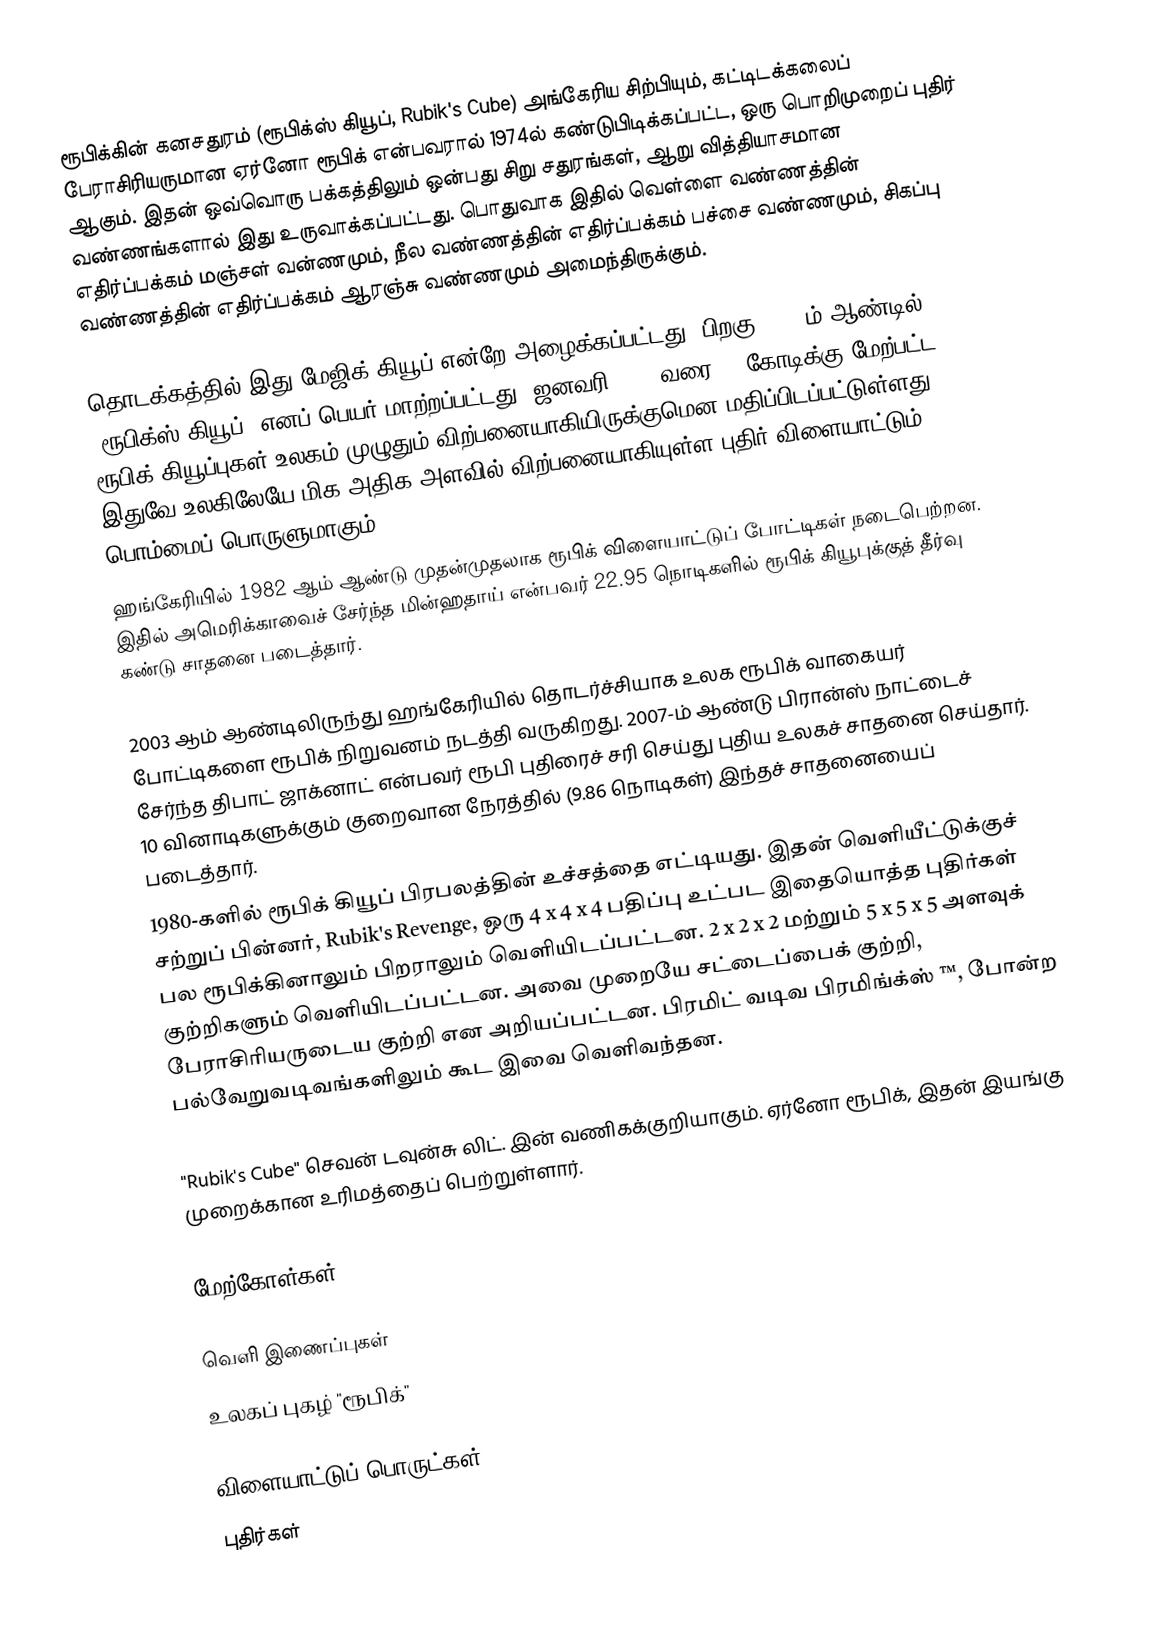
ரூபிக்கின் கனசதுரம் (ரூபிக்ஸ் கியூப், Rubik's Cube) அங்கேரிய சிற்பியும், கட்டிடக்கலைப் பேராசிரியருமான ஏர்னோ ரூபிக் என்பவரால் 1974ல் கண்டுபிடிக்கப்பட்ட, ஒரு பொறிமுறைப் புதிர் ஆகும். இதன் ஒவ்வொரு பக்கத்திலும் ஒன்பது சிறு சதுரங்கள், ஆறு வித்தியாசமான வண்ணங்களால் இது உருவாக்கப்பட்டது. பொதுவாக இதில் வெள்ளை வண்ணத்தின் எதிர்ப்பக்கம் மஞ்சள் வன்ணமும், நீல வண்ணத்தின் எதிர்ப்பக்கம் பச்சை வண்ணமும், சிகப்பு வண்ணத்தின் எதிர்ப்பக்கம் ஆரஞ்சு வண்ணமும் அமைந்திருக்கும்.

தொடக்கத்தில் இது மேஜிக் கியூப் என்றே அழைக்கப்பட்டது. பிறகு 1980-ம் ஆண்டில் ‘ரூபிக்ஸ் கியூப்’ எனப் பெயர் மாற்றப்பட்டது. ஜனவரி 2009 வரை 35 கோடிக்கு மேற்பட்ட ரூபிக் கியூப்புகள் உலகம் முழுதும் விற்பனையாகியிருக்குமென மதிப்பிடப்பட்டுள்ளது. இதுவே உலகிலேயே மிக அதிக அளவில் விற்பனையாகியுள்ள புதிர் விளையாட்டும் பொம்மைப் பொருளுமாகும்.
ஹங்கேரியில் 1982 ஆம் ஆண்டு முதன்முதலாக ரூபிக் விளையாட்டுப் போட்டிகள் நடைபெற்றன. இதில் அமெரிக்காவைச் சேர்ந்த மின்ஹதாய் என்பவர் 22.95 நொடிகளில் ரூபிக் கியூபுக்குத் தீர்வு கண்டு சாதனை படைத்தார்.

2003 ஆம் ஆண்டிலிருந்து ஹங்கேரியில் தொடர்ச்சியாக உலக ரூபிக் வாகையர் போட்டிகளை ரூபிக் நிறுவனம் நடத்தி வருகிறது. 2007-ம் ஆண்டு பிரான்ஸ் நாட்டைச் சேர்ந்த திபாட் ஜாக்னாட் என்பவர் ரூபி புதிரைச் சரி செய்து புதிய உலகச் சாதனை செய்தார். 10 வினாடிகளுக்கும் குறைவான நேரத்தில் (9.86 நொடிகள்) இந்தச் சாதனையைப் படைத்தார்.
1980-களில் ரூபிக் கியூப் பிரபலத்தின் உச்சத்தை எட்டியது. இதன் வெளியீட்டுக்குச் சற்றுப் பின்னர், Rubik's Revenge, ஒரு 4 x 4 x 4 பதிப்பு உட்பட இதையொத்த புதிர்கள் பல ரூபிக்கினாலும் பிறராலும் வெளியிடப்பட்டன. 2 x 2 x 2 மற்றும் 5 x 5 x 5 அளவுக் குற்றிகளும் வெளியிடப்பட்டன. அவை முறையே சட்டைப்பைக் குற்றி, பேராசிரியருடைய குற்றி என அறியப்பட்டன. பிரமிட் வடிவ பிரமிங்க்ஸ் ™, போன்ற பல்வேறுவடிவங்களிலும் கூட இவை வெளிவந்தன.

"Rubik's Cube" செவன் டவுன்சு லிட். இன் வணிகக்குறியாகும். ஏர்னோ ரூபிக், இதன் இயங்கு முறைக்கான உரிமத்தைப் பெற்றுள்ளார்.

மேற்கோள்கள்

வெளி இணைப்புகள்
 உலகப் புகழ் "ரூபிக்"

விளையாட்டுப் பொருட்கள்
புதிர்கள்